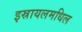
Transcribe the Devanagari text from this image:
इस्रायलमधिल